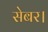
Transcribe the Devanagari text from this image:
सेबर।